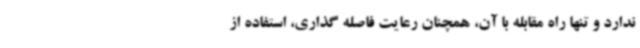
ندارد و تنها راه مقابله با آن، همچنان رعایت فاصله گذاری، استفاده از